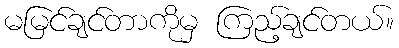
မမြင်ချင်တာကိုမှ ကြည့်ချင်တယ်။